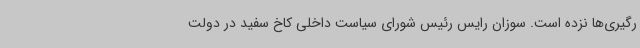
رگیری‌ها نزده است. سوزان رایس رئیس شورای سیاست داخلی کاخ سفید در دولت